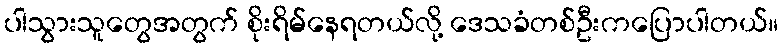
ပါသွားသူတွေအတွက် စိုးရိမ်နေရတယ်လို့ ဒေသခံတစ်ဦးကပြောပါတယ်။